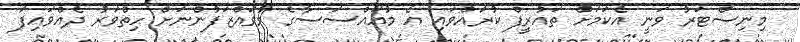
މިނިސްޓަރު ވަނީ އެކަމަށް ތައުރީފް ކުރައްވައި އެ މުއައްސަސާގެ މުވައްޒަފުންނަށް ހިތްވަރު ދެއްވައިފަ